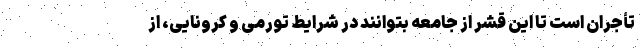
تأجران است تا این قشر از جامعه بتوانند در شرایط تورمی و کرونایی، از